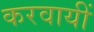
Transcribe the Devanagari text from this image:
करवायीं